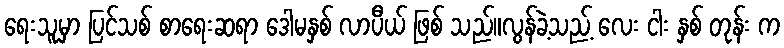
ရေးသူမှာ ပြင်သစ် စာရေးဆရာ ဒေါမနှစ် လာပီယ် ဖြစ် သည်။လွန်ခဲ့သည့် လေး ငါး နှစ် တုန်း က